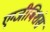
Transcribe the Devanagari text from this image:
एग्जीबिशंस